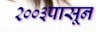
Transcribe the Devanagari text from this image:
२००३पासून